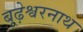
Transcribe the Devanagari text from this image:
बूढ़ेश्वरनाथ